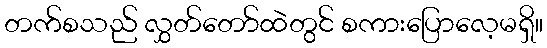
တက်စသည် လွှတ်တော်ထဲတွင် စကားပြောလေ့မရှိ။